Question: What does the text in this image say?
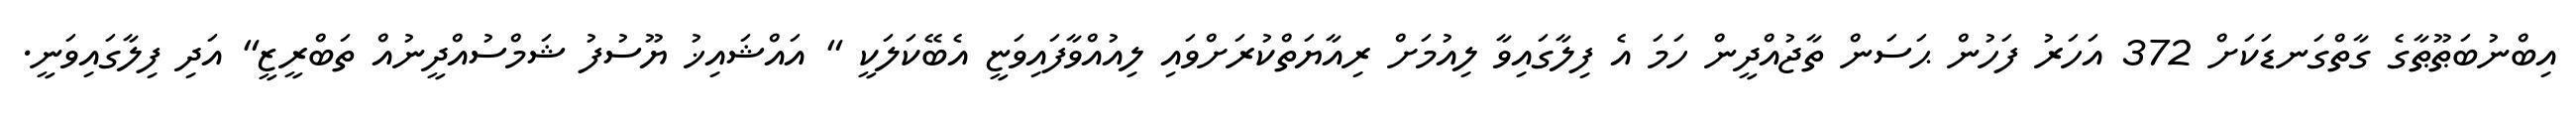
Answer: އިބްނުބަޠޫޠާގެ ގާތްގަނޑަކަށް 372 އަހަރު ފަހުން ޙަސަން ތާޖުއްދީން ހަމަ އެ ފިލާގައިވާ ލިއުމަށް ރިއާޔަތްކުރަށްވައި ލިއުއްވާފައިވަޏީ އެބޭކަލަކީ " އައްޝައިޚު ޔޫސުފު ޝަމްސުއްދީނުއް ތަބްރީޒީ" އަދި ފިލާގައިވަނީ.